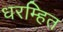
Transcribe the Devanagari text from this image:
धरम्हित